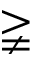
\gneqq